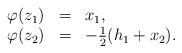
LaTeX: \begin{align*}\begin{array}{llllll}\varphi(z_1) &=& x_1,\\\varphi(z_2) &=& -\frac{1}{2} (h_1+x_2).\end{array}\end{align*}